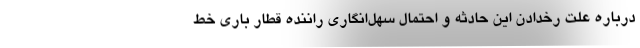
درباره علت رخدادن این حادثه و احتمال سهل‌انگاری راننده قطار باری خط